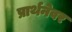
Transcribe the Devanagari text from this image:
प्रार्थनेवर